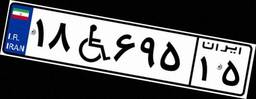
۱۸W۶۹۵۱۵